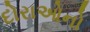
દોરાઓનો